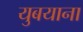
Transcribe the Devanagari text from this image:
युबयाना